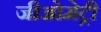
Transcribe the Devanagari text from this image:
जीओमेट्री